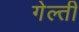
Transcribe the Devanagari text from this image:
गेल्ती